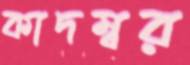
কাদম্বর